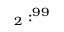
_ 2 : ^ { 9 9 }